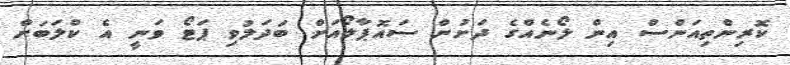
ކޮރިންތިއަންސް އިން ލޯނެއްގެ ދަށުން ސައޮޕާލޯއަށް ބަދަލުވި ޕަޓޯ ވަނީ އެ ކްލަބަށް